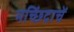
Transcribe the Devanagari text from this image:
मच्छिंद्राचें